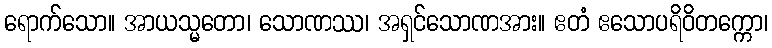
ရောက်သော။ အာယသ္မတော၊ သောဏဿ၊ အရှင်သောဏအား။ ဧတံ ဧသောပရိဝိတက္ကော၊